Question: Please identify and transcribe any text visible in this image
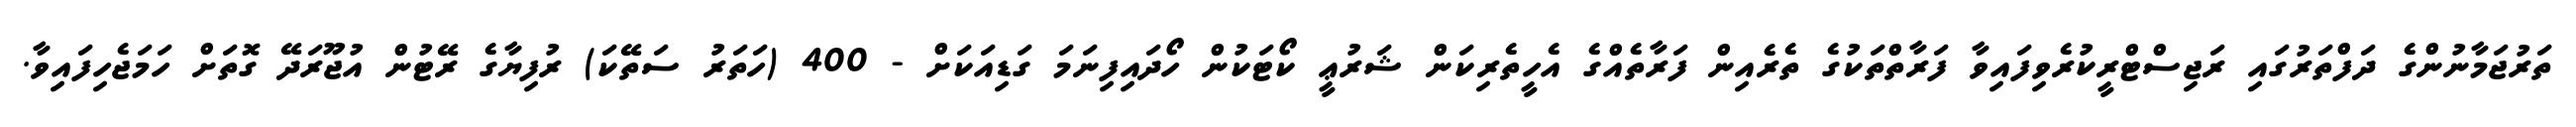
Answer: ތަރުޖަމާނުންގެ ދަފްތަރުގައި ރަޖިސްޓްރީކުރެވިފައިވާ ފަރާތްތަކުގެ ތެރެއިން ފަރާތެއްގެ އެހީތެރިކަން ޝަރުޢީ ކޯޓަކުން ހޯދައިފިނަމަ ގަޑިއަކަށް - 400 (ހަތަރު ސަތޭކަ) ރުފިޔާގެ ރޭޓުން އުޖޫރަދޭ ގޮތަށް ހަމަޖެހިފައިވާ.